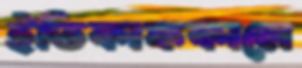
ইতিকাফকালে